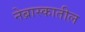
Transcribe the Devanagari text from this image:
नेब्रास्कातील